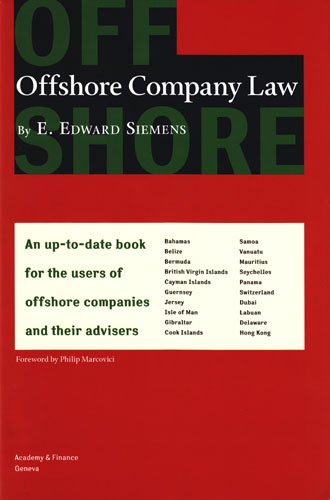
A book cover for Offshore Company Law; Dr. E. Edward Siemens; Law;